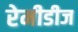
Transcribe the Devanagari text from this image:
रेमीडीज